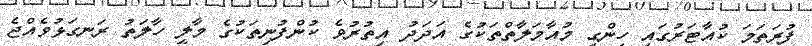
ފުރަތަމަ ކުއާޓަރުގައި ހިންގި މުއާމަލާތްތަކުގެ އަދަދު އިތުރުވެ ކުންފުނިތަކުގެ މާލީ ހާލަތު ރަނގަޅުވެއްޖެ